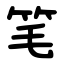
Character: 笔